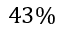
4 3 \%